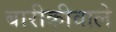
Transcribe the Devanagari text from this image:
बारीकीवाले